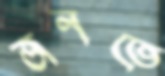
জনতে